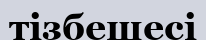
тізбешесі